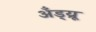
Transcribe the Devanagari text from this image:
अँड्य्रू